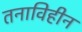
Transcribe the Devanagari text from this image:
तनाविहीन